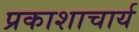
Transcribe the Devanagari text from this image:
प्रकाशाचार्य